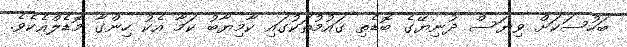
ބަހުސަކަށް ވިޔަސް ދުނިޔޭގެ ބޮޑެތި ގައުމުތަކުގައި ކާމިޔާބު ކަމާ އެކު ހިންގާ މޮޑެލްއެކެވެ.